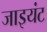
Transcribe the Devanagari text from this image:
जाइयंट